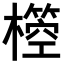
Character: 𣝃